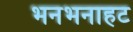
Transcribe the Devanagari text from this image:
भनभनाहट